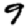
Digit: 9